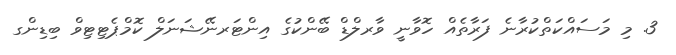
3. މި މަސައްކަތްކުރާނެ ފަރާތެއް ހޮވާނީ ވާރލްޑް ބޭންކުގެ އިންޓަރނޭޝަނަލް ކޮމްޕެޓިޓިވް ބިޑިންގ